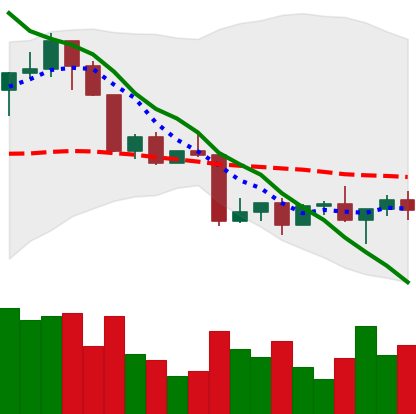
Ticker: LINK-USD
Chart end date: 2022-04-20
Forward return: -4.031%
Label: down_3_5